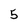
Character: 5